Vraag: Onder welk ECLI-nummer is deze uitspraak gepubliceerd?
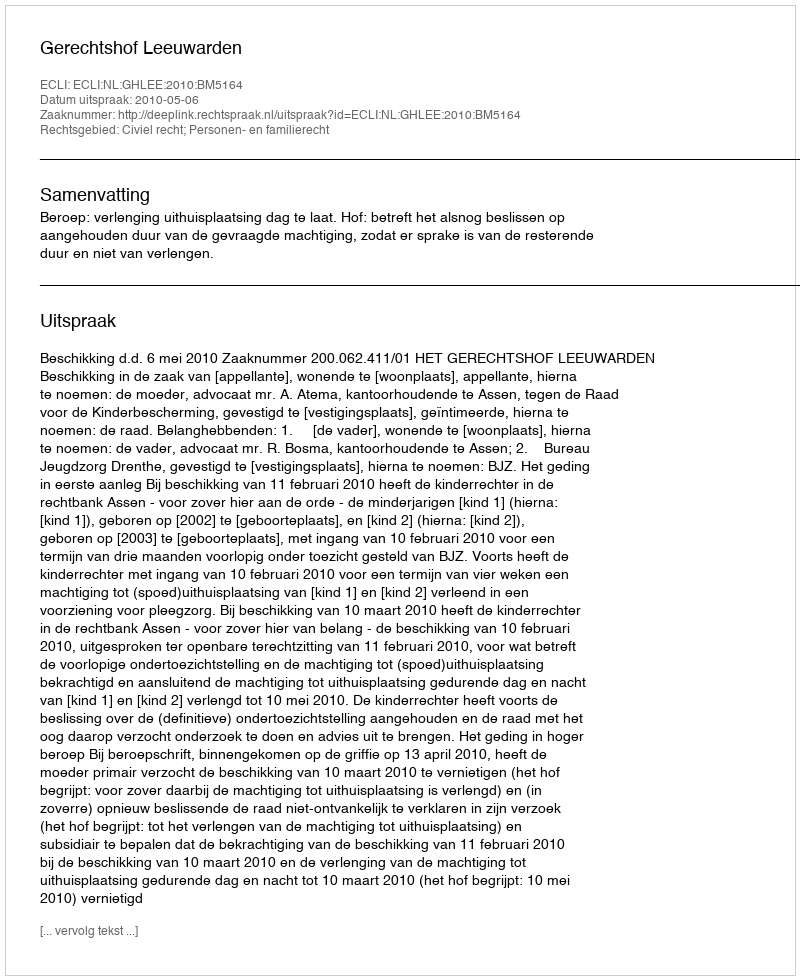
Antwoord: ECLI:NL:GHLEE:2010:BM5164